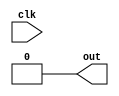
module BasicInitialBlock (
  input wire clk,
  output reg out
);

initial begin
  // Initialization code here
  // For example: setting default values to variables
  out <= 1'b0;
end

endmodule